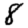
Digit: 8